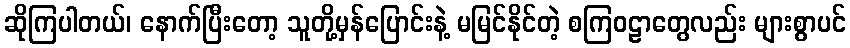
ဆိုကြပါတယ်၊ နောက်ပြီးတော့ သူတို့မှန်ပြောင်းနဲ့ မမြင်နိုင်တဲ့ စကြဝဠာတွေလည်း များစွာပင်